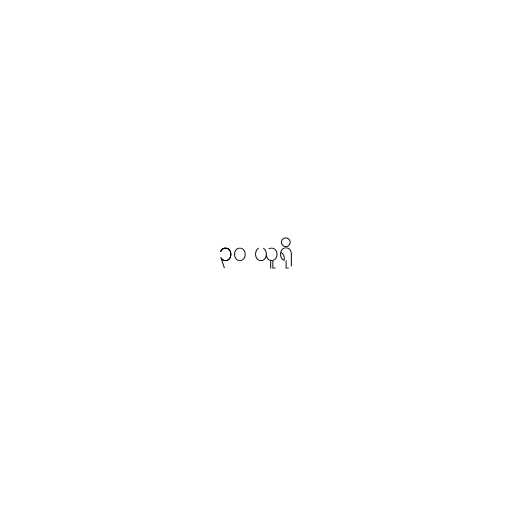
၃၀ ယူရို